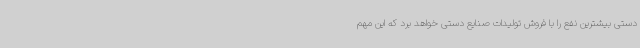
دستی بیشترین نفع را با فروش تولیدات صنایع دستی خواهد برد که این مهم